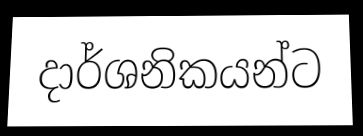
දාර්ශනිකයන්ට